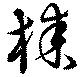
桼